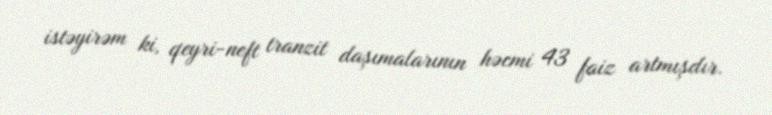
istəyirəm ki, qeyri-neft tranzit daşımalarının həcmi 43 faiz artmışdır.